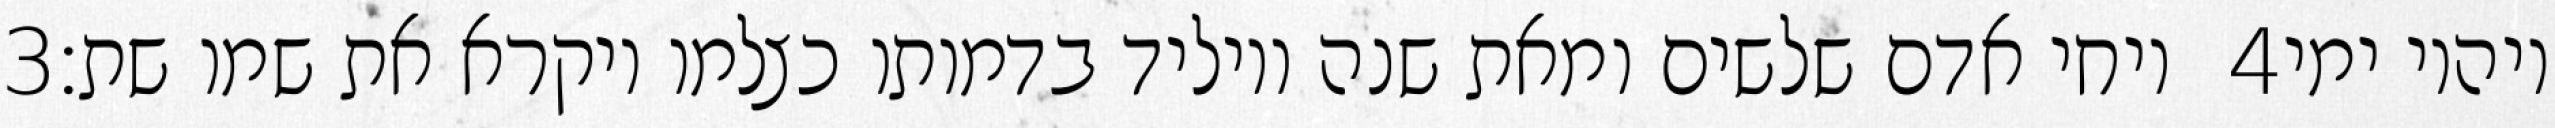
‎3‏ ויחי אדם שלשים ומאת שנה ויוליד בדמותו כצלמו ויקרא את שמו שת׃ ‎4‏ ויהיו ימי